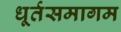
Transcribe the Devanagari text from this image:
धूर्तसमागम